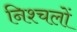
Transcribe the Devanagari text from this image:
निश्चलों